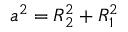
a ^ { 2 } = R _ { 2 } ^ { 2 } + R _ { 1 } ^ { 2 }